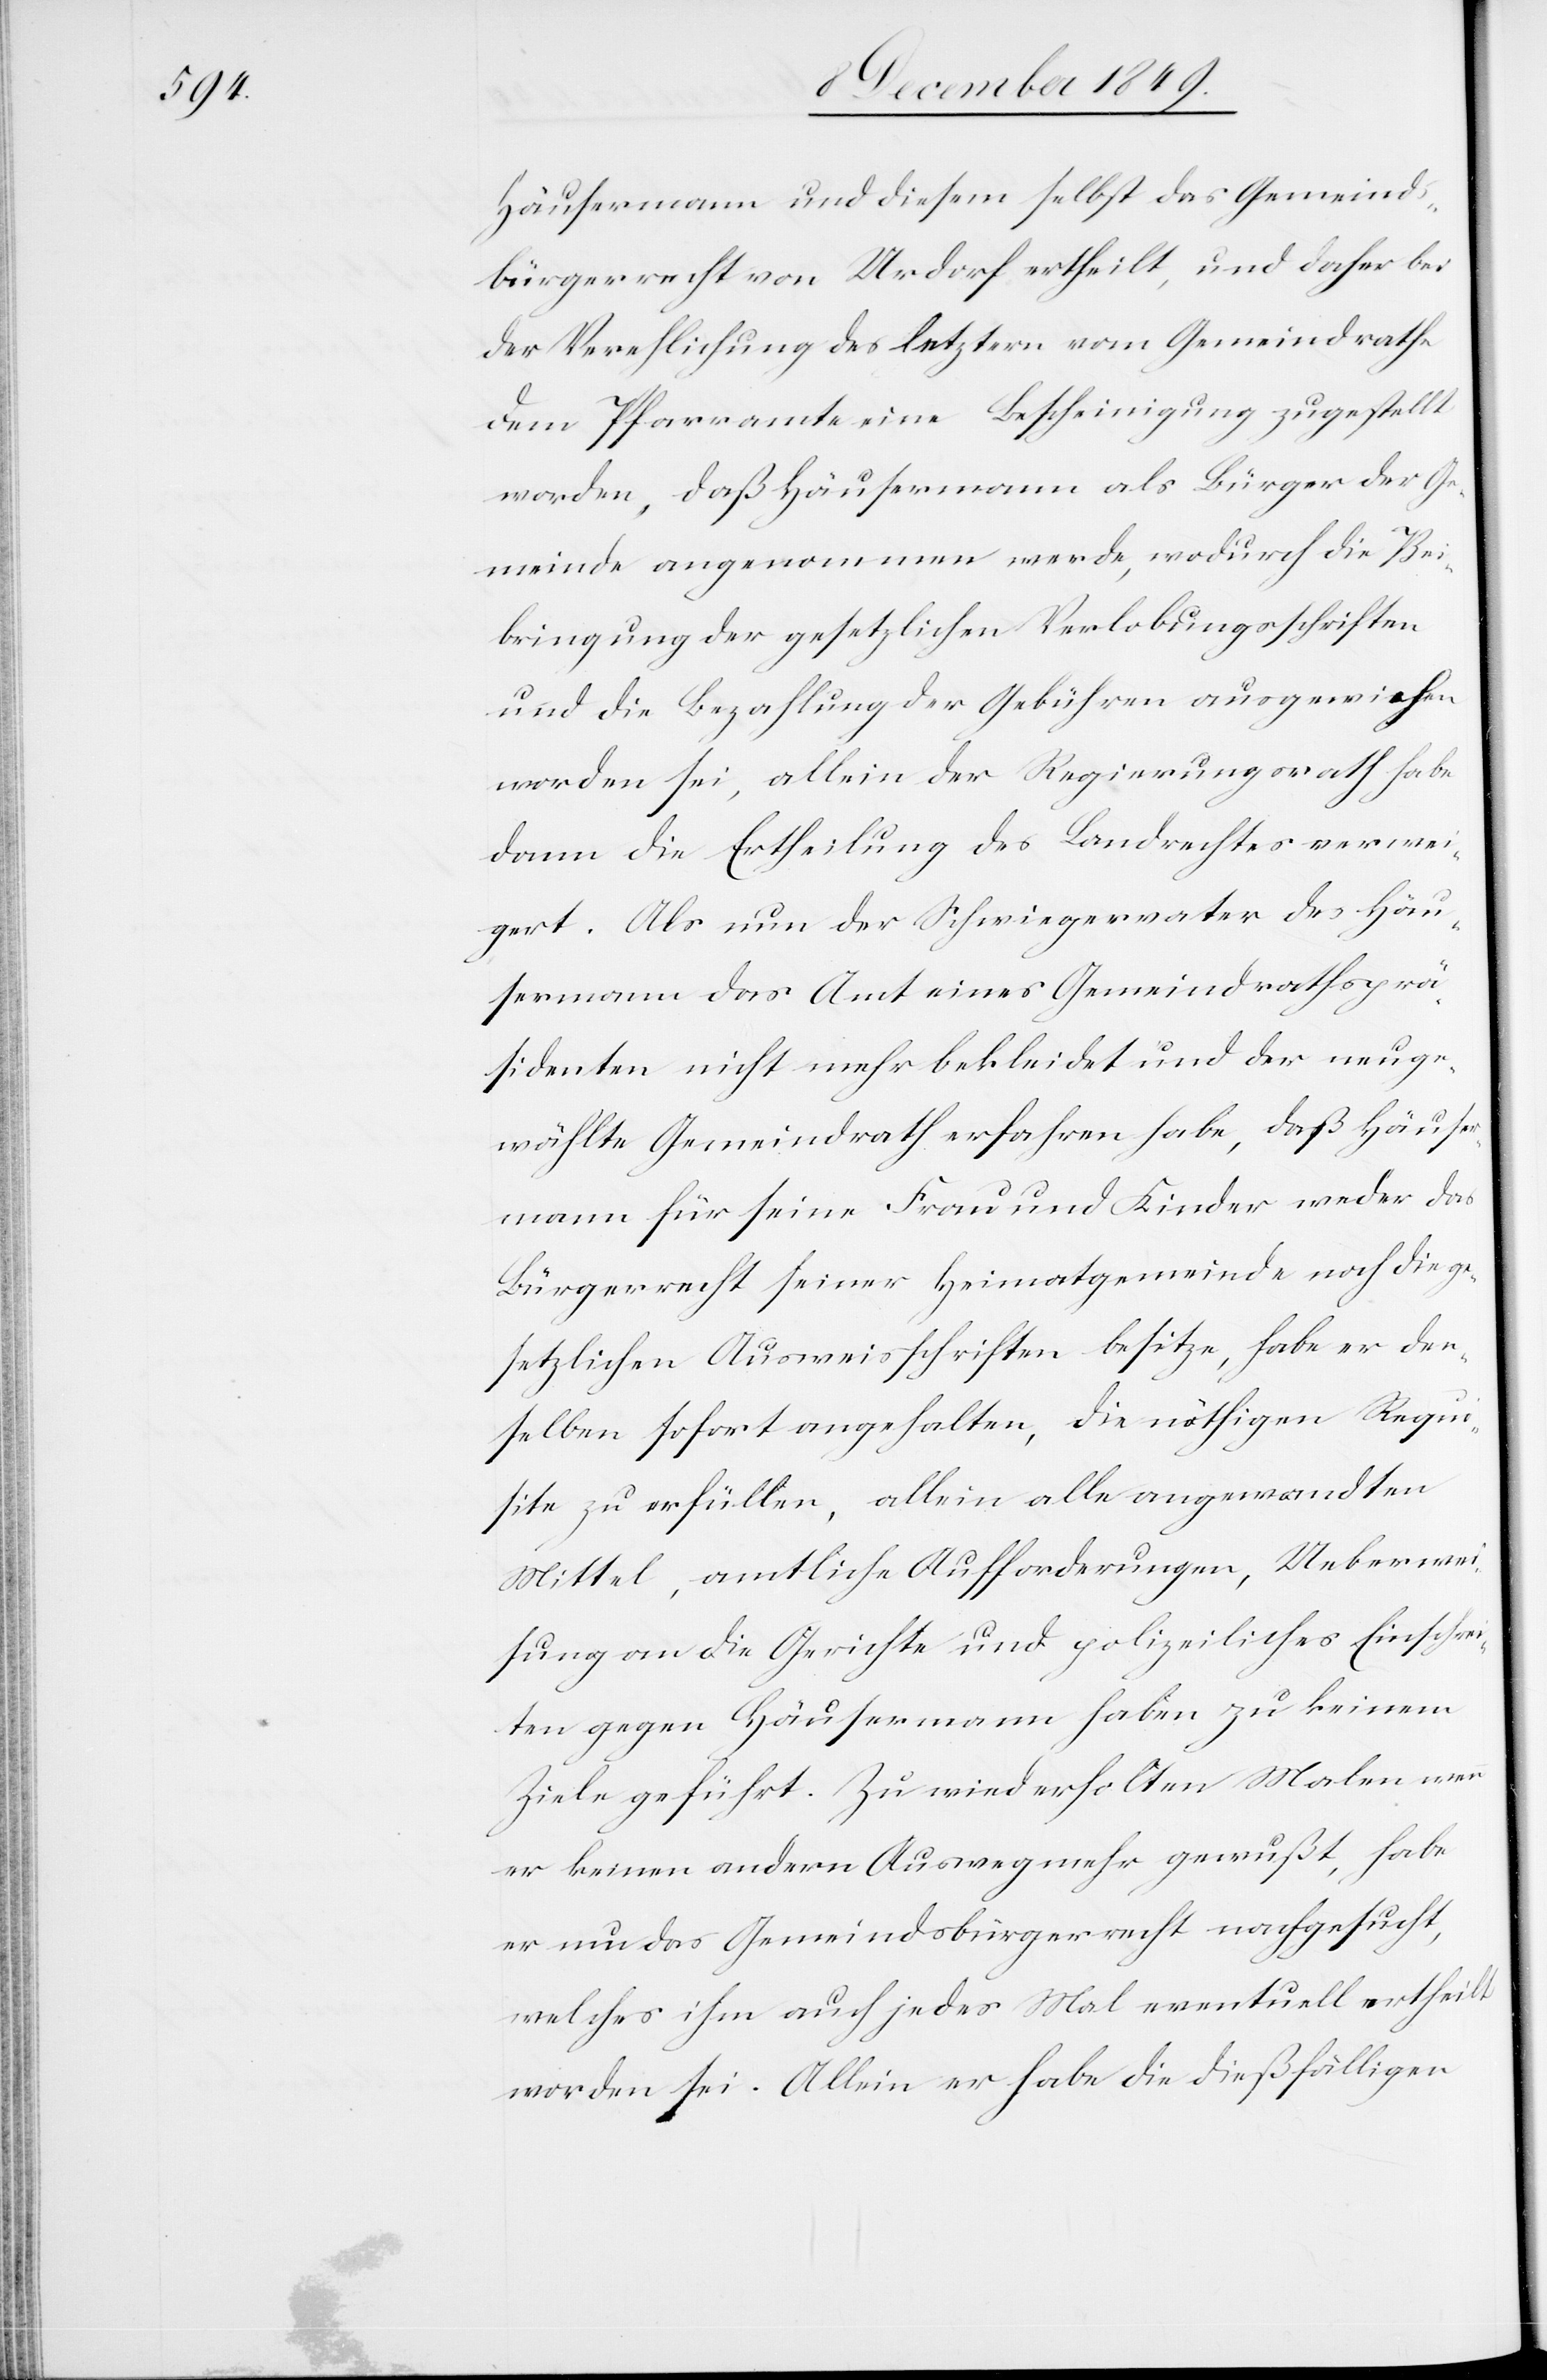
Häusermann und diesem selbst das Gemeinds¬
bürgerrecht von Urdorf ertheilt, und daher bei
der Verehlichung des letztern vom Gemeindrathe
dem Pfarramte eine Bescheinigung zugestellt
worden, daß Häusermann als Bürger der Ge¬
meinde angenommen werde, wodurch die Bei¬
bringung der gesetzlichen Verlobungsschriften
und die Bezahlung der Gebühren ausgewichen
worden sei, allein der Regierungsrath habe
dann die Ertheilung des Landrechtes verwei¬
gert. Als nun der Schwiegervater des Häu¬
sermann das Amt eines Gemeindrathsprä¬
sidenten nicht mehr bekleidet und der neuge¬
wählte Gemeindrath erfahren habe, daß Häuser¬
mann für seine Frau und Kinder weder das
Bürgerrecht seiner Heimatsgemeinde noch die ge¬
setzlichen Ausweisschriften besitze, habe er den¬
selben sofort angehalten, die nöthigen Requi¬
site zu erfüllen, allein alle angewandten
Mittel, amtliche Aufforderungen, Ueberwei¬
sung an die Gerichte und polizeiliches Einschrei¬
ten gegen Häusermann haben zu keinem
Ziele geführt. Zu wiederholten Malen wenn
er keinen andern Ausweg mehr gewußt, habe
er nun das Gemeindsbürgerrecht nachgesucht,
welches ihm auch jedes Mal eventuell ertheilt
worden sei. Allein er habe die dießfälligen